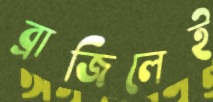
ব্রাজিলেই